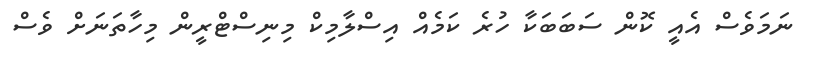
ނަމަވެސް އެއީ ކޮން ސަބަބަކާ ހުރެ ކަމެއް އިސްލާމިކް މިނިސްޓްރީން މިހާތަނަށް ވެސް